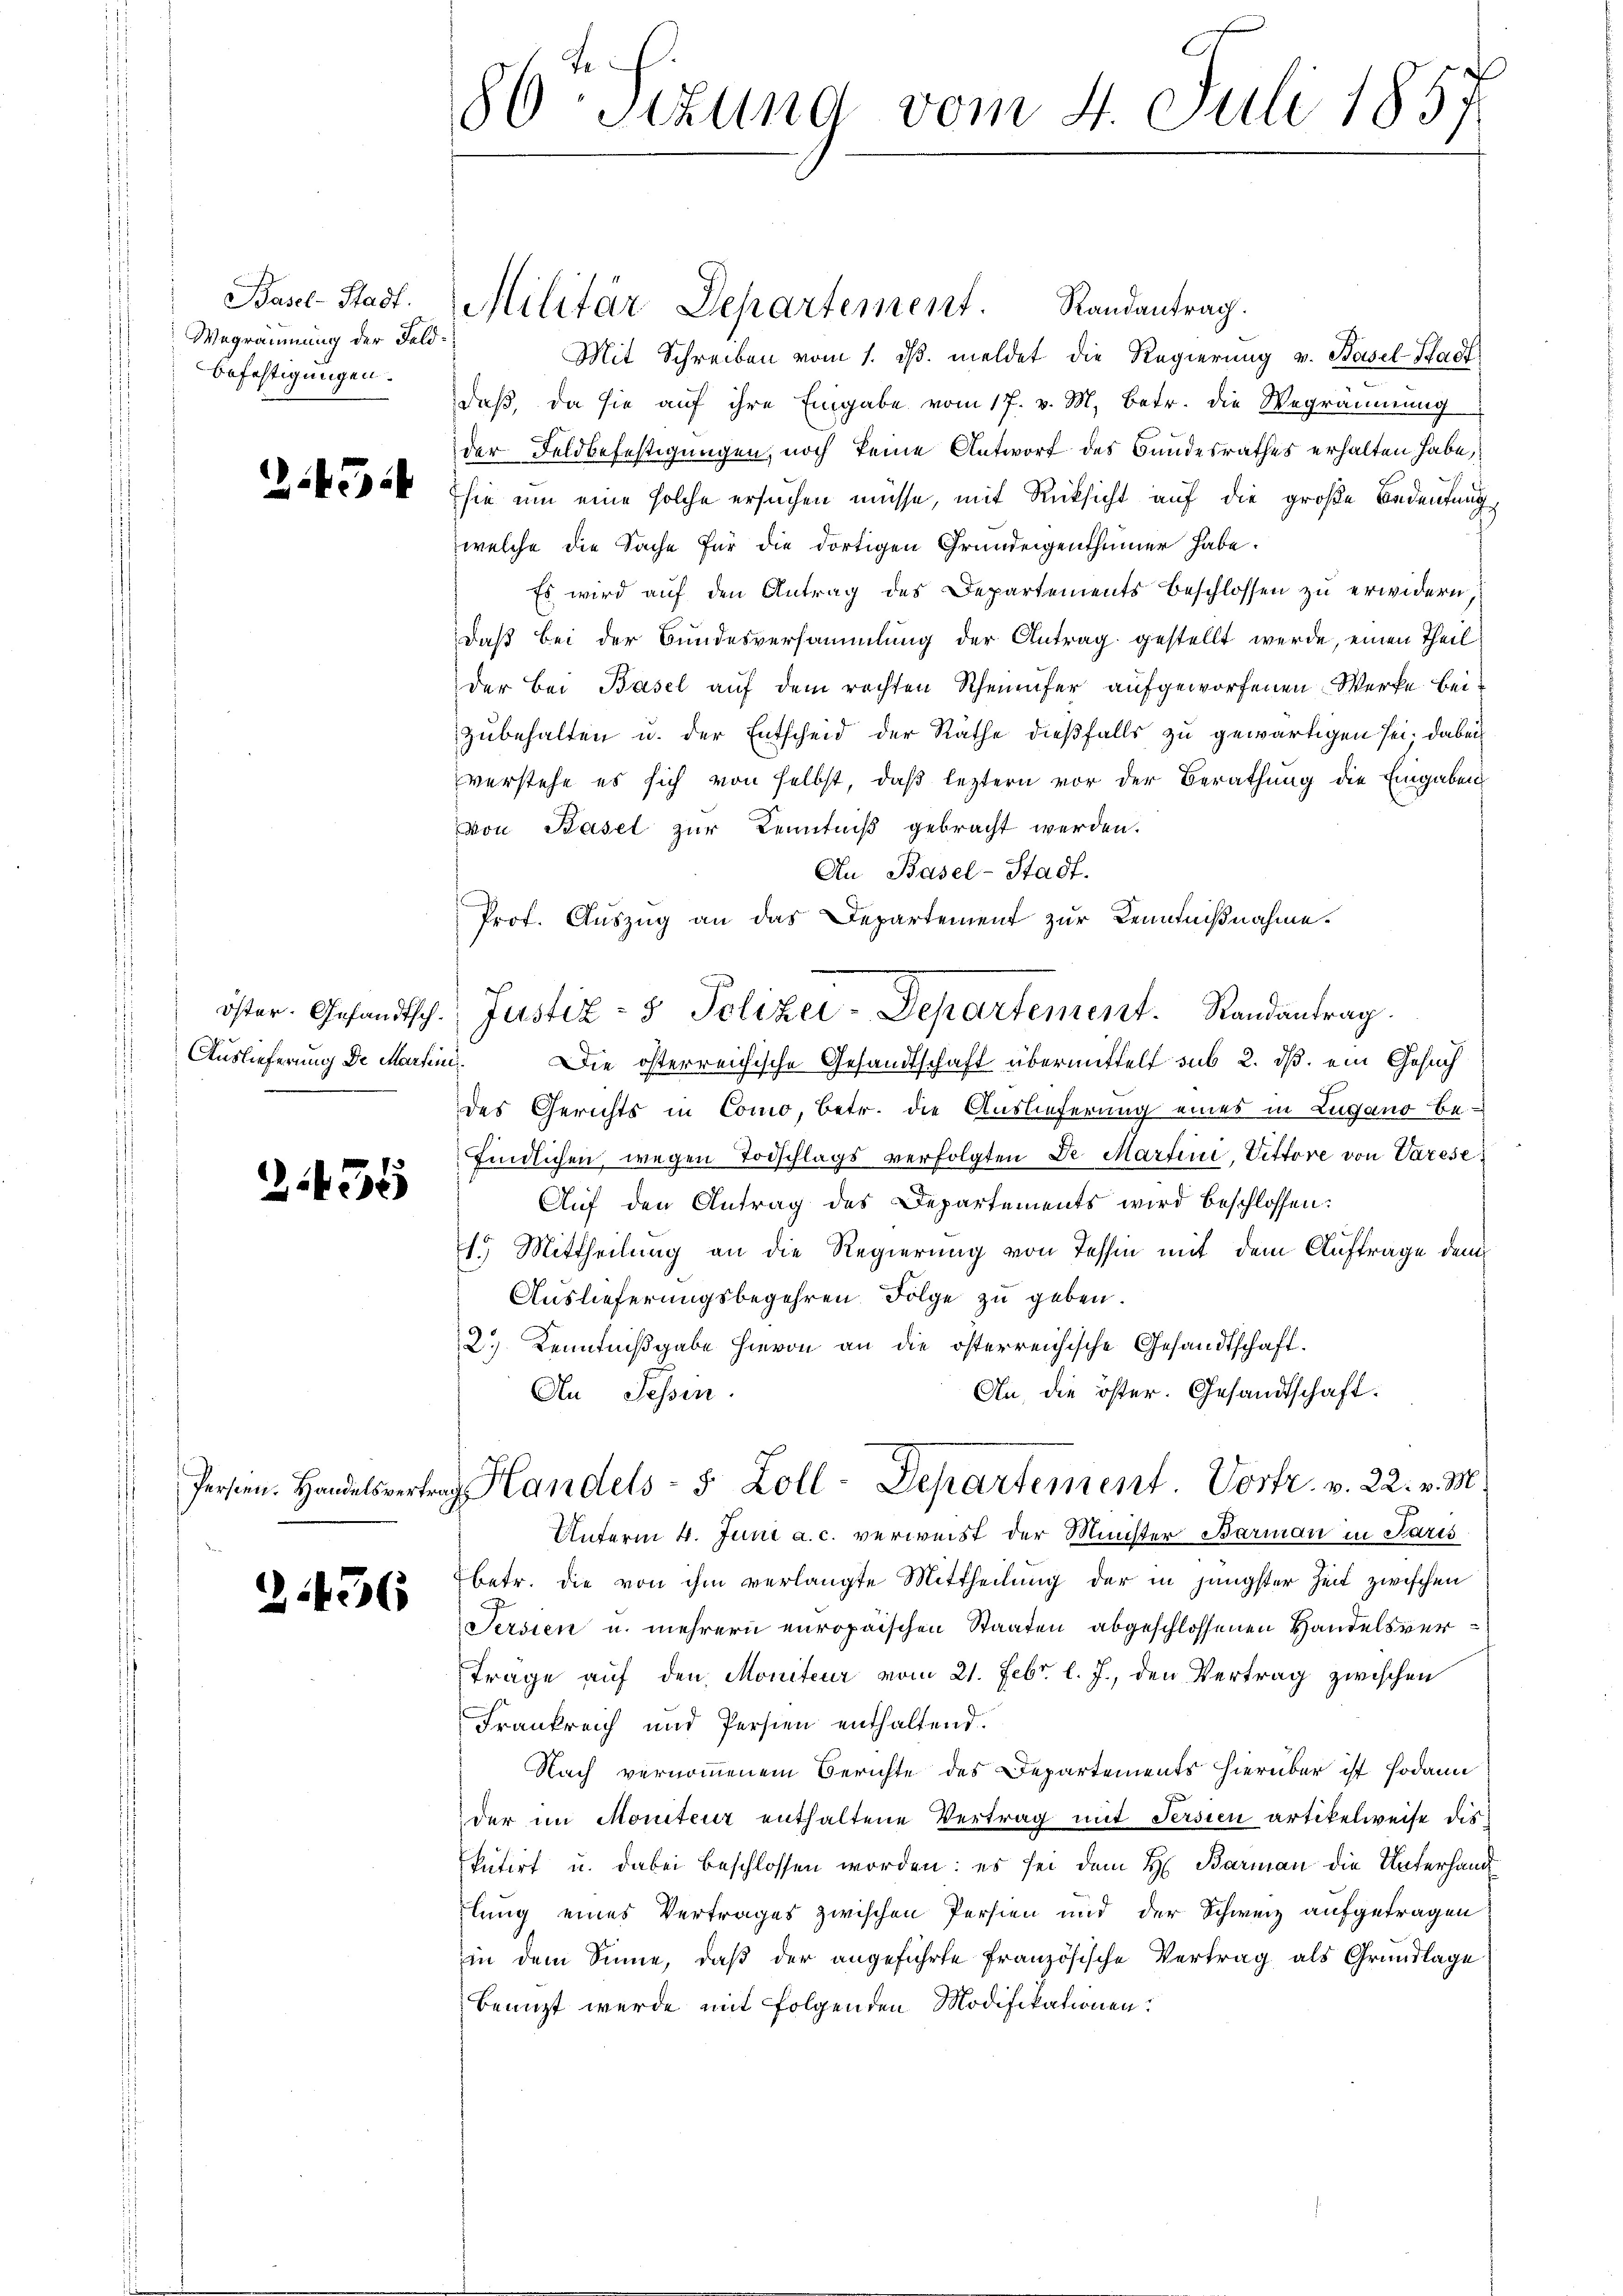
Basel-Stadt.
Wegräumung der Feldbefestigungen.

.45

öster- Gefändtsch¬
Auslieferung de Martin

2.438

2436

86 sezung vom 4. Juli 1857

Mit Schreiben vom 1. dβ. meldet die Regierung v. Basel-Stadt
daß, da sie auf ihre Eingabe vom 17. v. M. betr. die Wegräumung
der Feldbefestigungen, noch keine Antworf des Bandesrathes erhalten habe,
sie um eine solche ersuchen müsse, mit Rücksicht auf die große Bedeutung
welche die Sache für die dortigen Grundeigenthümer habe.
Es wird auf den Antrag des Departements Beschlossen zu erwidern,
daß bei der Bundesversammlung der Antrag gestellt werde, einen Theil
der Bei Basel auf dem rechten Rheinufer aufgeworfenen Werke beizubehalten u. der Entscheid der Räthe dießfalls zu gewärtigen sei. Dabei
verstehe es sich von selbst, daß leztern vor der Berathung die Eingaben
von Basel zur Kenntniß gebracht werden.
An Basel-Stadt.
Prof. Auszug an das Departement zur Kenntnißnahme.
u. Die österreichische Gesandtschaft übermittelt sub 2. dß ein Gesuch
des Gerichts in Como, betr. die Auslieferung eines in Lugano be-
findlichen, wegen Todschlags verfolgten De- Martini, Vittore von Varese
Auf den Antrag des Departements wird beschlossen:
1.) Mittheilung an die Regierung von Tessin mit dem Auftrage dem
Auslieferungsbegehren Folge zu geben.
2.) Kenntnißgabe hievon an die österreichische Gesandtschaft.
An die öster. Gesandtschaft.
An Tessin.
Person. Handelsvertrag Handels- 5 Zoll-Departement. Vortr. v. 22. v. M.
Unterm 4. Juni a. c. verweist der Minister Barmann in Paris
betr. die von ihm verlangte Mittheilung der in jüngster Zeit zwischen
Sersien u. mehrern europaischen Staaten abgeschlossenen Handelsvertrage auf den Moniteur vom 21. Febr. l. J., den Vertrag zwischen
Frankreich und Persien enthaltend.
Nach vernommenem Berichte des Departements hierüber ist sodann
der im Moniteur enthaltene Vertrag mit Persien artikelweise diskutirt u. dabei beschlossen worden: es sei dem H. Barman die Unterhandlung eines Vertrages zwischen Persien und der Schweiz aufgetragen
in dem Sinne, daß der angeführte Französische Vertrag als Grundlage
Benuzt wurde mit folgenden Modifikationen

Militär Departement. Randantrag.

Justiz- & Polizei-Departement. Randantrag.